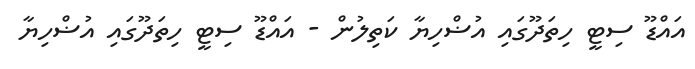
އައްޑޫ ސިޓީ ހިތަދޫގައި އުޟްހިޔާ ކަތިލުން - އައްޑޫ ސިޓީ ހިތަދޫގައި އުޟްހިޔާ